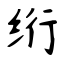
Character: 绗